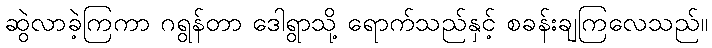
ဆွဲလာခဲ့ကြကာ ဂရွန်တာ ဒေါရွာသို့ ရောက်သည်နှင့် စခန်းချကြလေသည်။